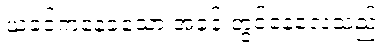
ယခင်ကနေခဲ့သော အခန်းတွင်နေလေသည်။